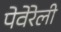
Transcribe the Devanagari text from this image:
पेवेरेली